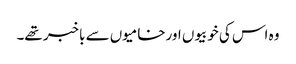
وہ اس کی خوبیوں اورخامیوں سے باخبر تھے۔